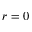
r = 0